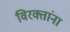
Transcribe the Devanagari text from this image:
विरक्तांना